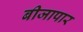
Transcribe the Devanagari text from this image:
बीजापार